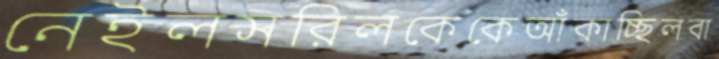
নেইলসরিলকেকেআঁকাচ্ছিলবা